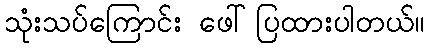
သုံးသပ်ကြောင်း ဖေါ်ပြထားပါတယ်။